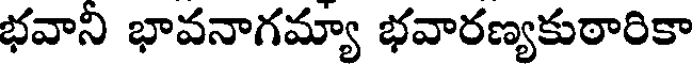
భవాని భావనాగమ్యా భవారణ్యకుఠారికా